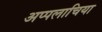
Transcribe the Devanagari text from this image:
अप्पलाचिया